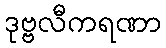
ဒုဗ္ဗလီကရဏာ